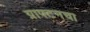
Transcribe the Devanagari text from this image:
ग्राफ्टनचा